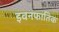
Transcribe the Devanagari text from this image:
इवनफातिक